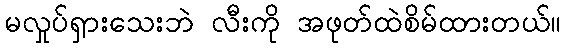
မလှုပ်ရှားသေးဘဲ လီးကို အဖုတ်ထဲစိမ်ထားတယ်။